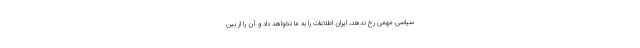
سیاسی مهمی رخ ندهد، ایران اطلاعات را به ما نخواهد داد و آن را از بین